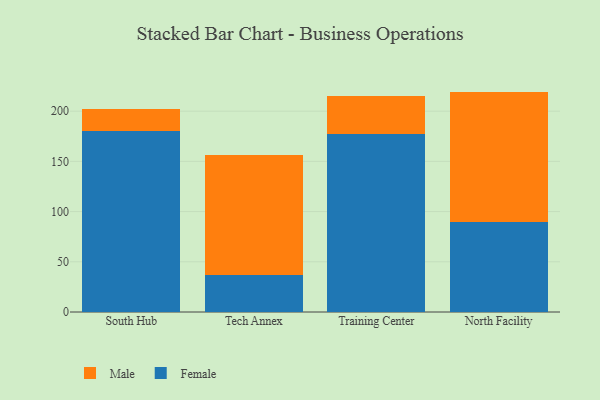
{"axis": {"x": "Campus", "y": "Revenue (USD Million)"}, "legend": ["Female", "Male"], "data": [{"x": "South Hub", "y": 179.8, "type": "Female"}, {"x": "South Hub", "y": 22.8, "type": "Male"}, {"x": "Tech Annex", "y": 36.8, "type": "Female"}, {"x": "Tech Annex", "y": 119.5, "type": "Male"}, {"x": "Training Center", "y": 176.9, "type": "Female"}, {"x": "Training Center", "y": 38.4, "type": "Male"}, {"x": "North Facility", "y": 89.7, "type": "Female"}, {"x": "North Facility", "y": 129.8, "type": "Male"}]}